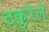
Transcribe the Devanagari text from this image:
ठकुरेले